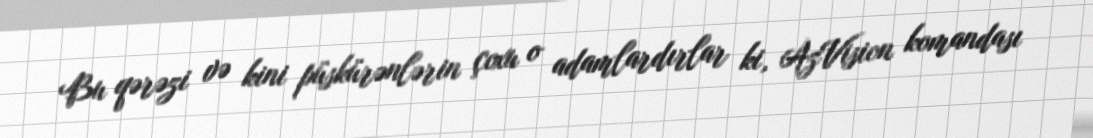
Bu qərəzi və kini püskürənlərin çoxu o adamlardırlar ki, AzVision komandası